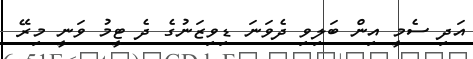
އަދި ސެމީ އިން ބަލިވި ދެވަނަ ޑިވިޒަނުގެ ދެ ޓީމު ވަނީ މިރޭ